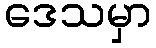
ဒေသမှာ